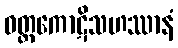
ဝတ္ထကောဋိသဟဿာနံ